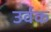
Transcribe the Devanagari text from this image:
उर्वक